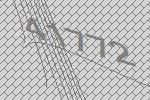
41772